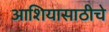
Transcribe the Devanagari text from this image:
आशियासाठीचे